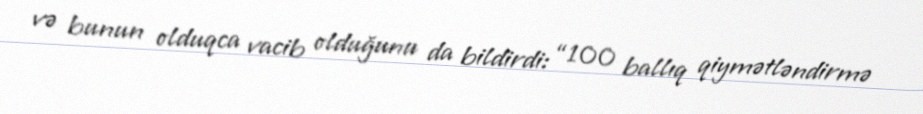
və bunun olduqca vacib olduğunu da bildirdi: “100 ballıq qiymətləndirmə